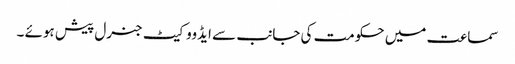
سماعت میں حکومت کی جانب سے ایڈووکیٹ جنرل پیش ہوئے ۔